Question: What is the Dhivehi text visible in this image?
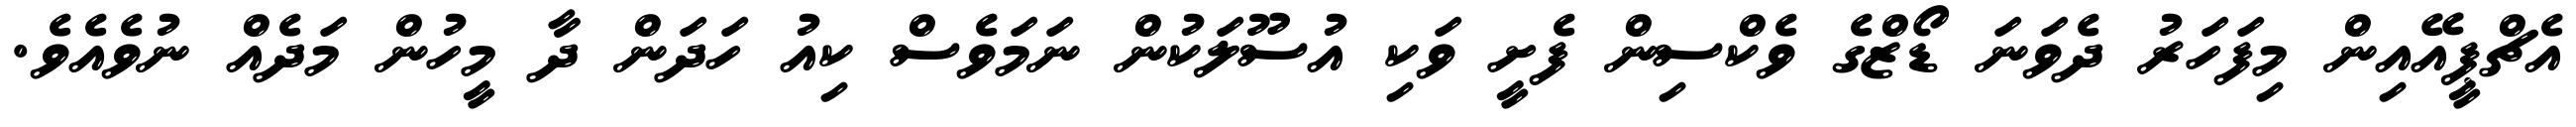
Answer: އެޗްޕީއޭއިން މިފަހަރު ދެވަނަ ޑޯޒްގެ ވެކްސިން ފެށީ ވަކި އުސޫލަކުން ނަމަވެސް ކިއު ހަދަން ދާ މީހުން މަދެއް ނުވެއެވެ.